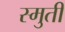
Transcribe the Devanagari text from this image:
स्मुती